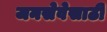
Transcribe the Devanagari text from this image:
जनसेवेसाठी